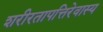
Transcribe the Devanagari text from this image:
शरीरतापत्तिरेवास्य